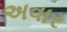
અવાર